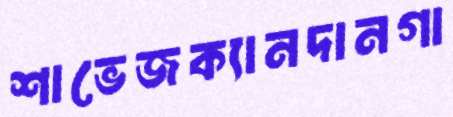
শাভেজক্যানদানগা